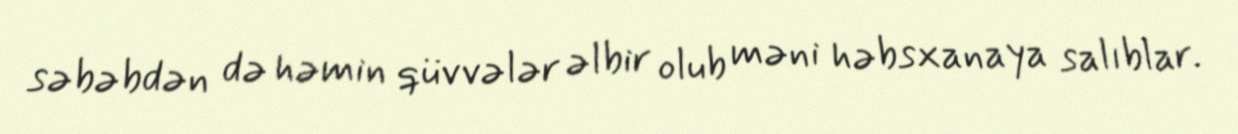
səbəbdən də həmin qüvvələr əlbir olub məni həbsxanaya salıblar.